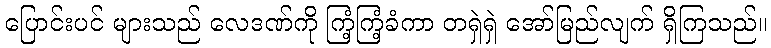
ပြောင်းပင် များသည် လေဒဏ်ကို ကြံ့ကြံ့ခံကာ တရှဲရှဲ အော်မြည်လျက် ရှိကြသည်။